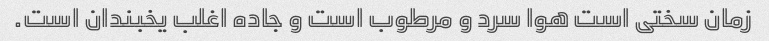
زمان سختی است هوا سرد و مرطوب است و جاده اغلب یخبندان است.